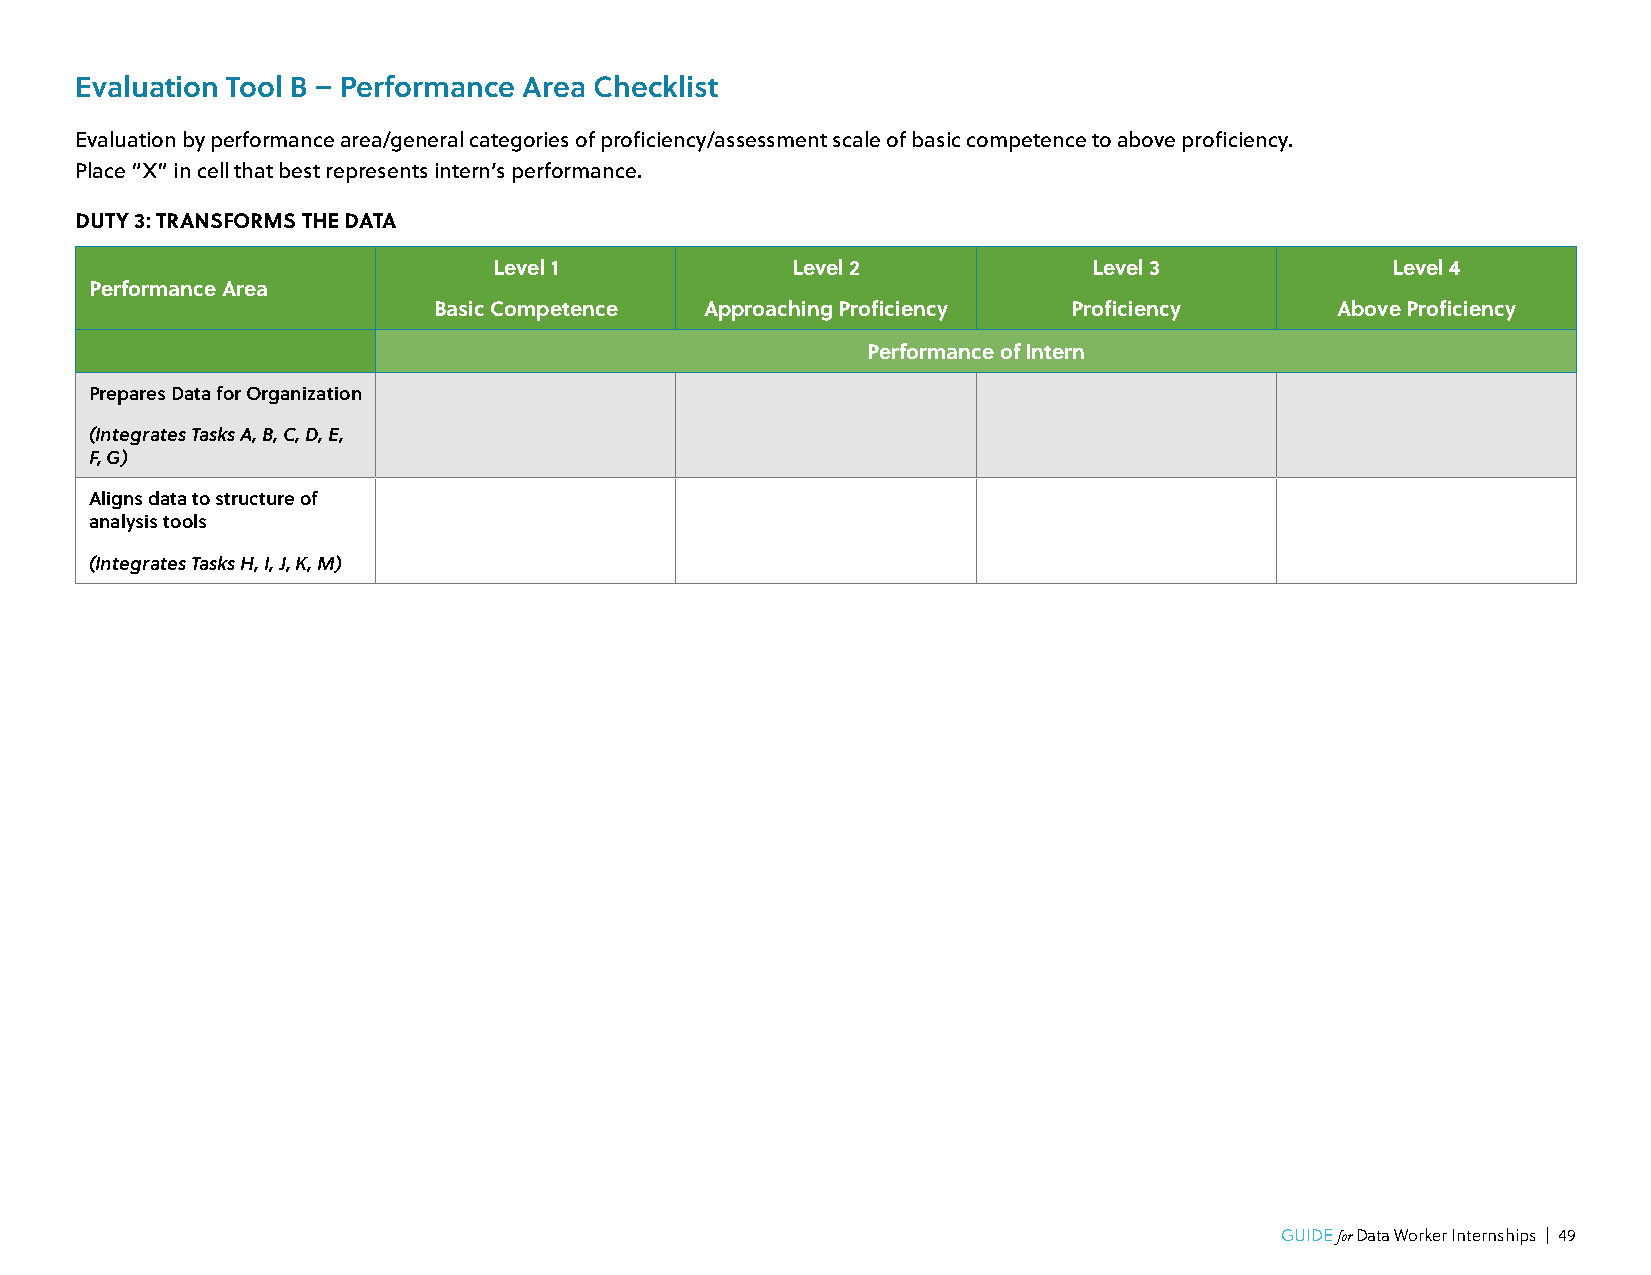
Evaluation Tool B – Performance Area Checklist
 Evaluation by performance area/general categories of proficiency/assessment scale of basic competence to above proficiency.
 Place “X” in cell that best represents intern’s performance.
 DUTY 3: TRANSFORMS THE DATA
 Level 1            Level 2             Level 3             Level 4
 Performance Area
 Basic Competence  Approaching Proficiency Proficiency      Above Proficiency
 Performance of Intern
 Prepares Data for Organization
 (Integrates Tasks A, B, C, D, E,
 F, G)
 Aligns data to structure of
 analysis tools
 (Integrates Tasks H, I, J, K, M)
 GUIDE for Data Worker Internships | 49